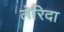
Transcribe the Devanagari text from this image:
लेरिदा